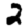
Digit: 2